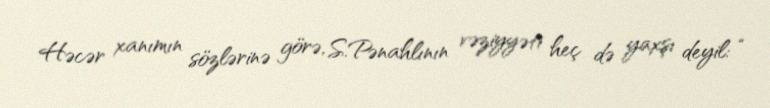
Həcər xanımın sözlərinə görə, S.Pənahlının vəziyyəti heç də yaxşı deyil: “